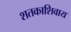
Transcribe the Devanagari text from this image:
शतकाशिवाय